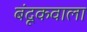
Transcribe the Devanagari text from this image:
बंदूकवाला